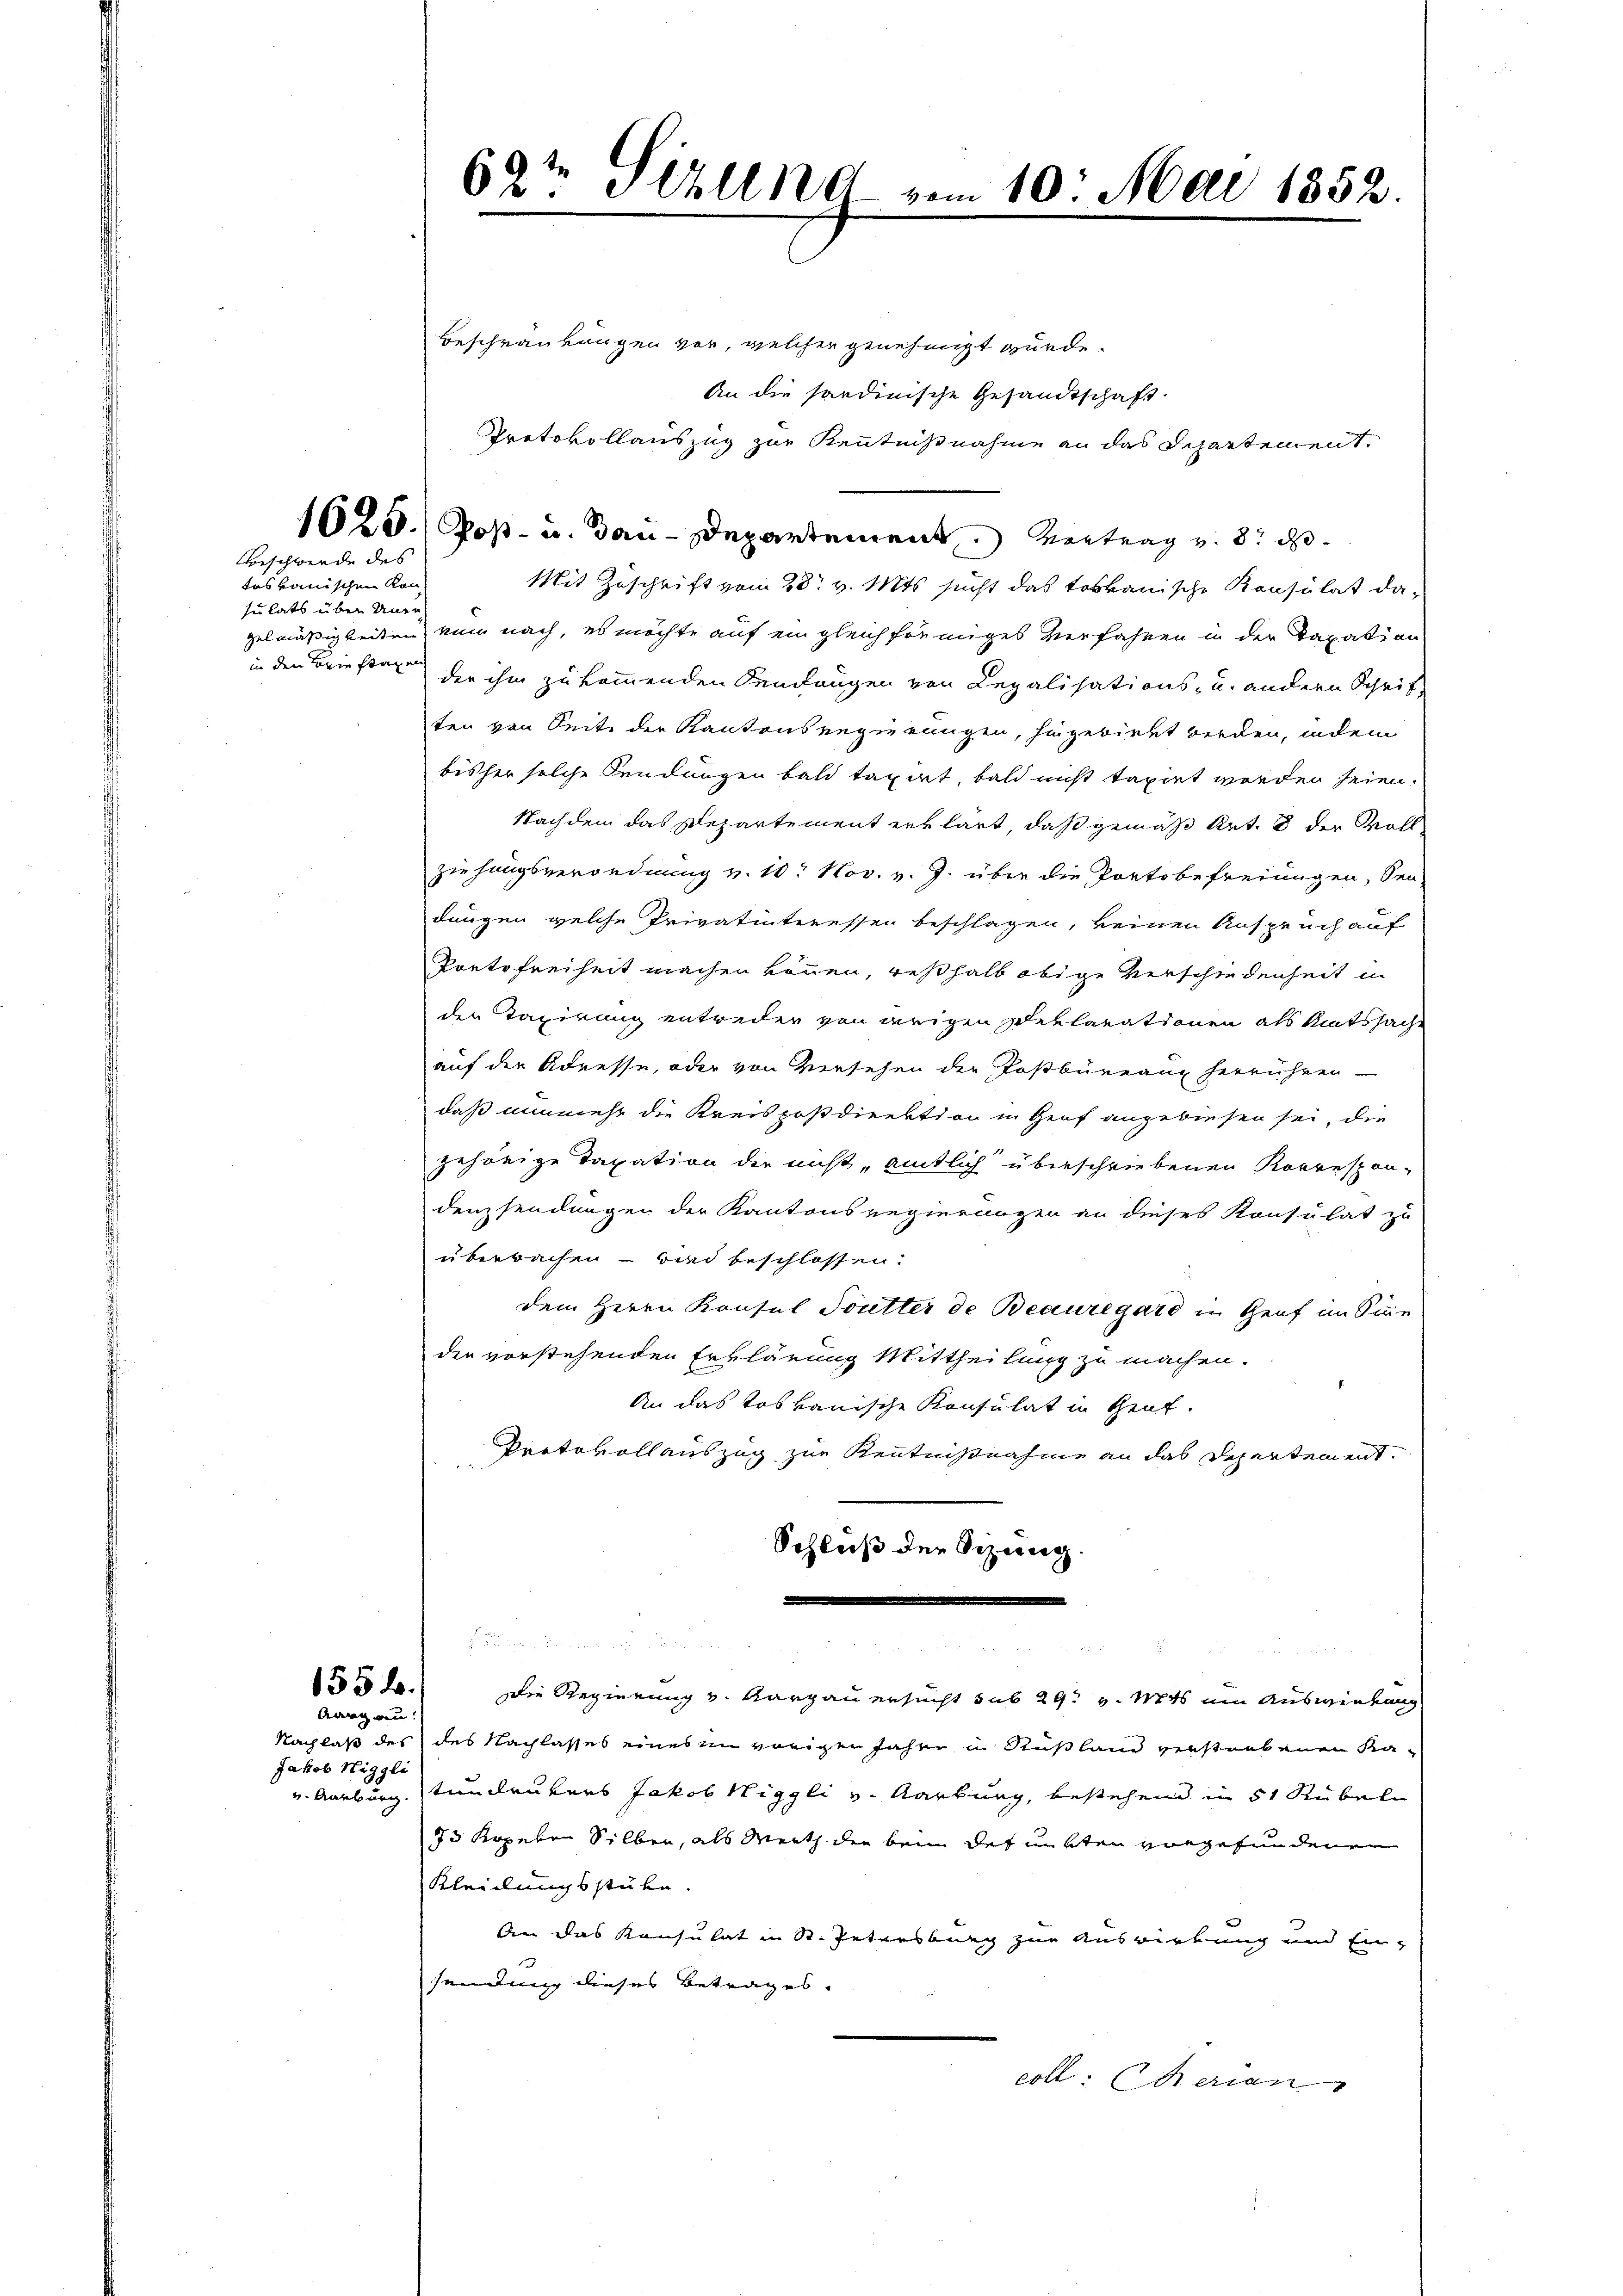
tas kanischen Kon
sulats über Uner-
in den Brieftaxen

Beschwerde des

Aargau:

Jakob Niggli

69te Silla vom 10. Mai 1852.

Beschränkungen vor, welcher genehmigt wurde.
An die sardinische Gesandtschaft.
Protokollauszug zur Kenntnißnahme an das Departement.
Mit Zuschrift vom 28t v. Mts. sucht das tokkanische Konsulat da-
gelmäßigkeiten kum nach, es möchte auf ein gleich fremiges Verfahren in der Taxation
der ihm zukommenden Sendungen von Legalisations- u. andern Schriften von Seite der Kantonsregierungen, hingebiret werden, indem
bisher solche Sendungen bald taxirt, bald nicht taxirt worden seien.
Nachdem das Departement erklärt, daß gemäß Art. 8 der Voll
ziehungsverordnung v. 10. Nov. v. J. über die Portobefreiungen, Sen
dungen welche Privatinteressen beschlagen, keinen Anspruch auf
Portofreiheit machen können, weßhalb obige Verschiedenheit in
der Taxirung entweder von derigen Deklarationen als Amtssache
auf der Adresse, oder von Versehen der Postbüreaux herrühren
daß nunmehr die Kreispostdirektion in Genf angewiesen sei, die
gehörige Taxation die nicht amtlich überschriebenen Korrespon-
densendungen der Kantonsregierungen an dieses Konsulat zu
überbachen – wird beschlossen.
dem Herrn Konsul Soutter de Beauregard in Genf im Sinne
der vorstehenden Erklärung Mittheilung zu machen.
An das toskauische Konsulat in Zent.
Portovollauszug zur Kenntnißnahme an das Departement
Schluß der Sitzung.

u
 . Die Regierung v. Aargau ersucht sub 29. v. Mts. um Auswirkung
Nachlaß des des Nachlasses eines im vorigen Jahre in Rußland verstorbenen Ka-
v. Aarburg tundeurers Jakob Niggli v. Karbung, bestehend in 51 Rübel
73 Kopeten Silber, als Werth der bein des mitten vorgefundenen
Kleidungsstube.
An das Konsulat in St. Petersburg zur Auswirkung und Ein-
sendung dieses Betrages.
coll: Serien

1025.) Post- u. Bau-Departement. Vertrag v. 8. d.